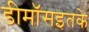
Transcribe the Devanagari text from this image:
डीमॉसइतके